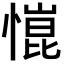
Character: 𢠎